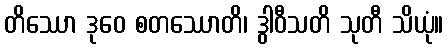
တိဿော ဒုဝေ စတဿောတိ၊ ဒွါဝီသတိ သုတီ သိယုံ။